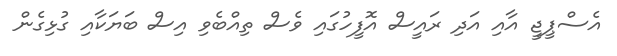
އެސްޕީޖީ އާއި އަދި ރައީސް އޮފީހުގައި ވެސް ތިއްބެވި އިސް ބަޔަކާއި ގުޅިގެން